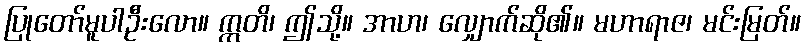
ပြုတော်မူပါဦးလော။ ဣတိ၊ ဤသို့။ အာဟ၊ လျှောက်ဆို၏။ မဟာရာဇ၊ မင်းမြတ်။